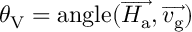
\theta _ { \mathrm { V } } = \mathrm { a n g l e } ( \overrightarrow { H _ { \mathrm { a } } } , \overrightarrow { v _ { \mathrm { g } } } )